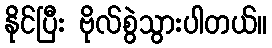
နိုင်ပြီး ဗိုလ်စွဲသွားပါတယ်။